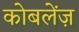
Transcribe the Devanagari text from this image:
कोबलेंज़